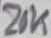
Text: 20K